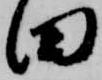
田